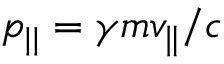
p _ { | | } = \gamma m v _ { \parallel } / c